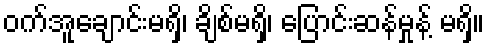
ဝက်အူချောင်းမရှိ၊ ချိစ်မရှိ၊ ပြောင်းဆန်မှုန့် မရှိ။